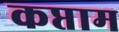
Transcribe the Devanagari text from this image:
कप्ताम